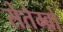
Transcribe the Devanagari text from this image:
सेतेम्ब्रो